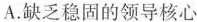
A.缺乏稳固的领导核心